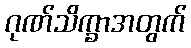
ဂုဏ်သိက္ခာအတွက်